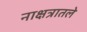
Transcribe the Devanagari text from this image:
नाक्षत्रातले